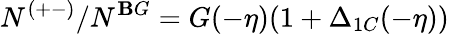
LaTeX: N^{(+-)}/N^{\mathbf{B}G}=G(-\eta)(1+\Delta_{1C}(-\eta))